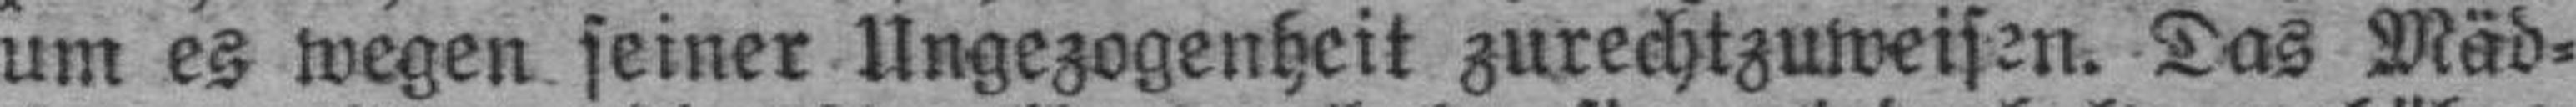
um es wegen seiner Ungezogenheit zurechtzuweisen. Das Mäd¬